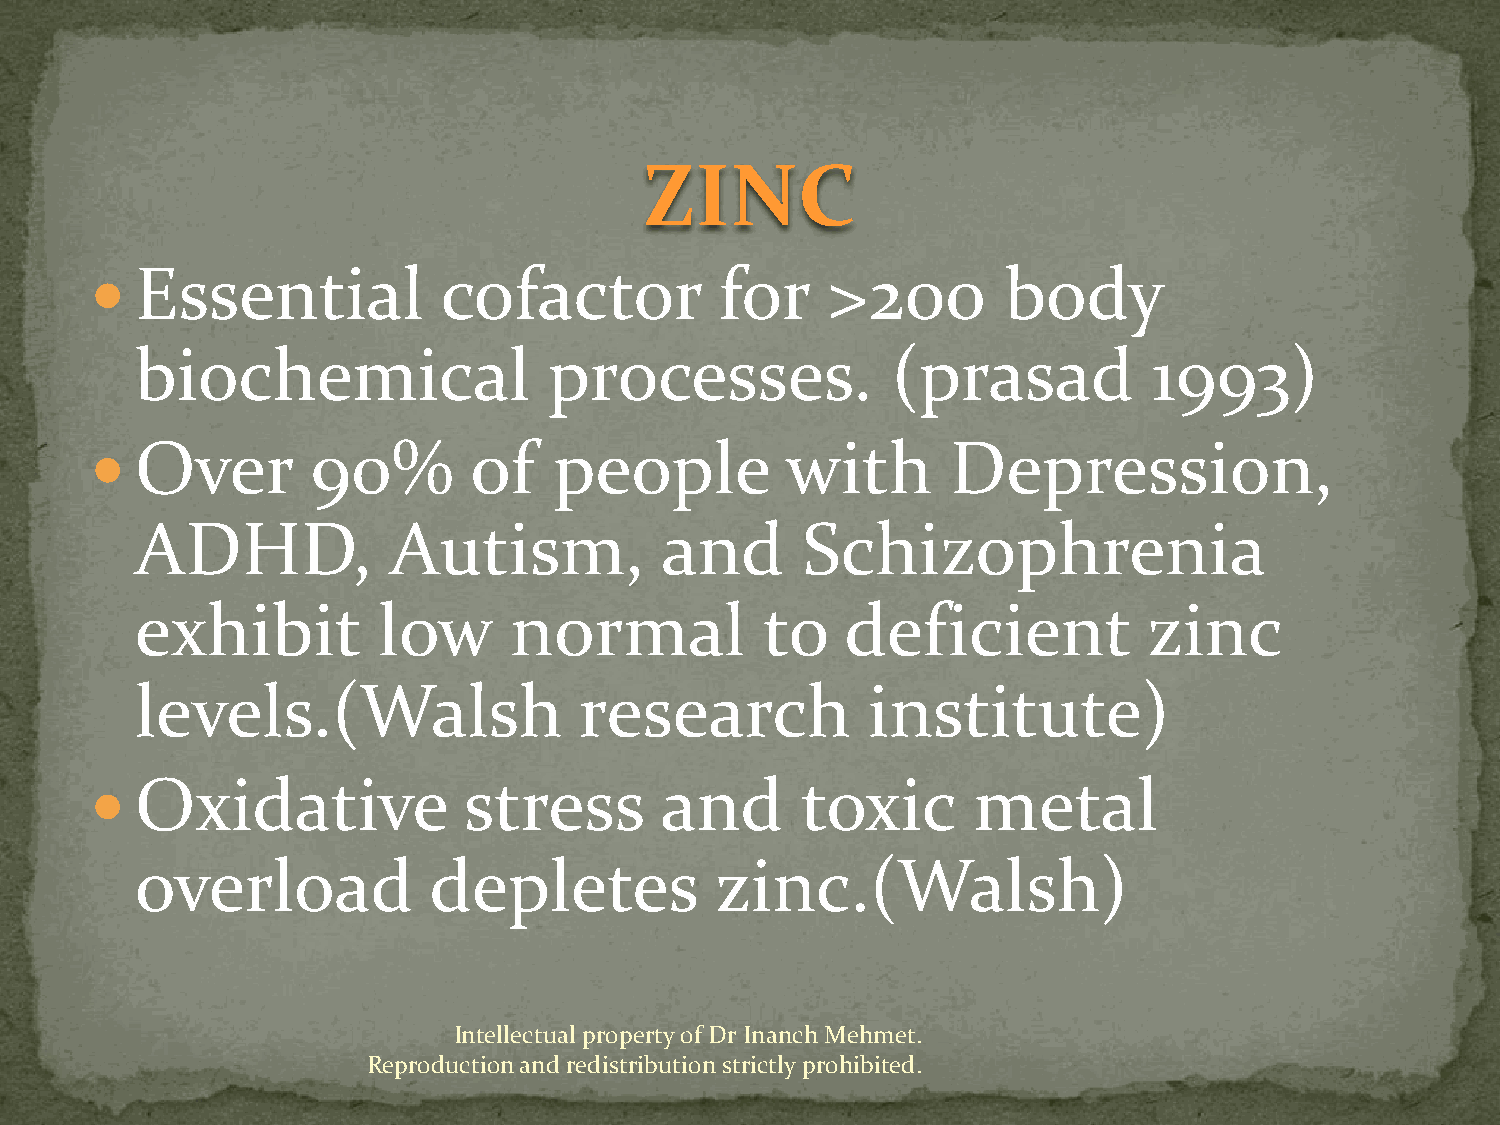
ZINC
   Essential           cofactor           for    >200       body
 biochemical                processes.             (prasad          1993)
   Over        90%       of    people         with       Depression,
 ADHD,            Autism,           and      Schizophrenia
 exhibit         low      normal           to   deficient           zinc
 levels.(Walsh                research           institute)
   Oxidative             stress       and      toxic      metal
 overload           depletes           zinc.(Walsh)
 Intellectual property of Dr Inanch Mehmet.
 Reproduction and redistribution strictly prohibited.